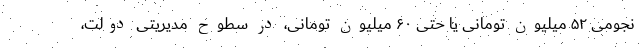
نجومی ۵۲ میلیون تومانی یا حتی ۶۰ میلیون تومانی، در سطوح مدیریتی دولت،